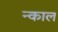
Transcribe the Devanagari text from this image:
न्काल